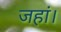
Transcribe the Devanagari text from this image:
जहां।